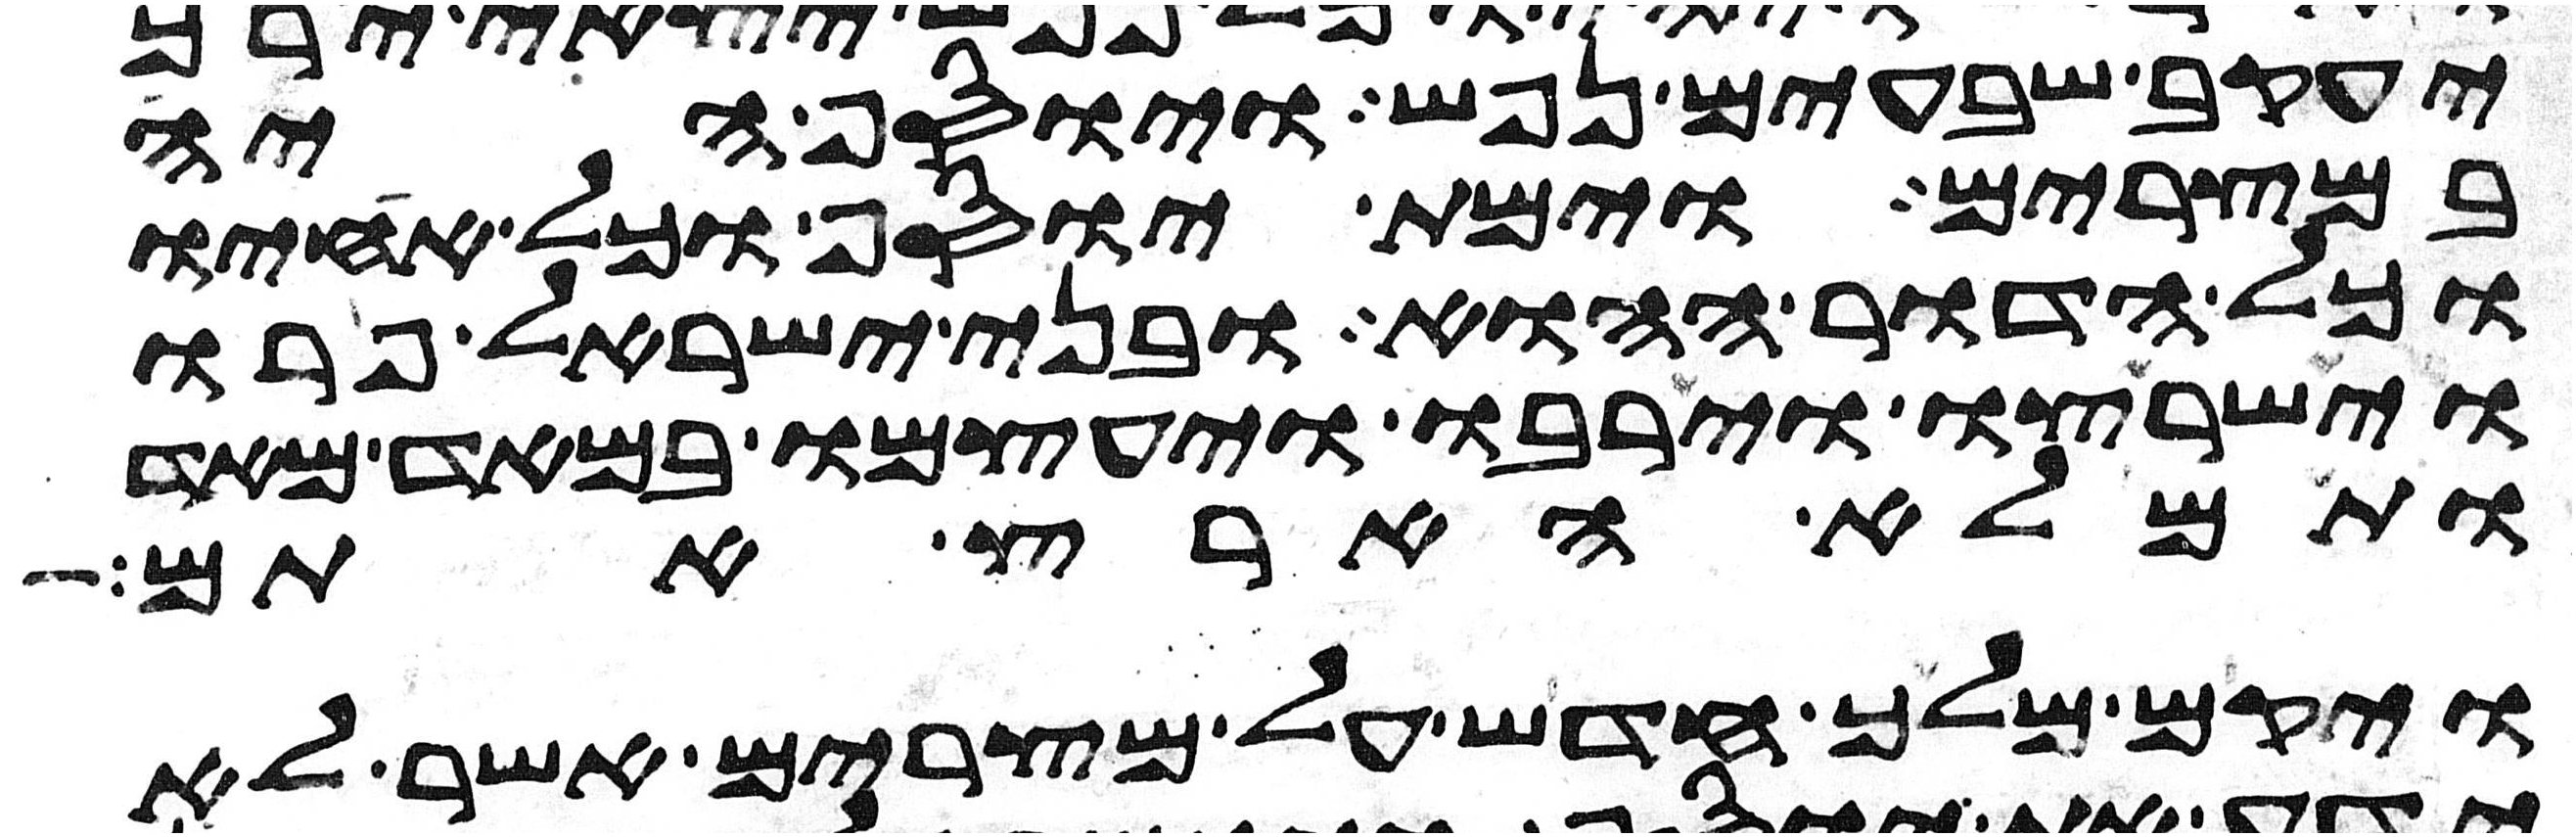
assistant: יעקב שבעים נפש ויוסף היה
במצרים וימת יוסף וכל אחיו
וכל הדור ההוא ובני ישראל פרו
וישרצו וירבו ויעצמו במאד מאד
ותמלא הארץ אתם
ויקם מלך חדש על מצרים אשר לא